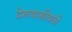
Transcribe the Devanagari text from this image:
देशवासीयांचे